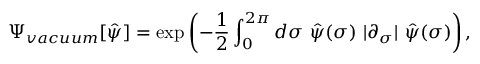
\Psi _ { v a c u u m } [ \hat { \psi } ] = \exp \left( - { \frac 1 2 } \int _ { 0 } ^ { 2 \pi } d \sigma { } ~ \hat { \psi } ( \sigma ) ~ | \partial _ { \sigma } | ~ \hat { \psi } ( \sigma ) \right) ,